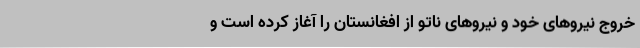
خروج نیرو‌های خود و نیرو‌های ناتو از افغانستان را آغاز کرده است و